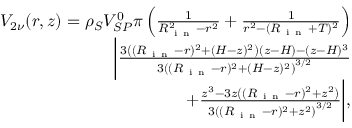
\begin{array} { r } { V _ { 2 \nu } ( r , z ) = \rho _ { S } V _ { S P } ^ { 0 } \pi \left( \frac { 1 } { R _ { \mathrm { ~ i ~ n ~ } } ^ { 2 } - r ^ { 2 } } + \frac { 1 } { r ^ { 2 } - ( R _ { \mathrm { ~ i ~ n ~ } } + T ) ^ { 2 } } \right) } \\ { \bigg \lvert \frac { 3 \left( ( R _ { \mathrm { ~ i ~ n ~ } } - r ) ^ { 2 } + ( H - z ) ^ { 2 } \right) ( z - H ) - ( z - H ) ^ { 3 } } { 3 \left( ( R _ { \mathrm { ~ i ~ n ~ } } - r ) ^ { 2 } + ( H - z ) ^ { 2 } \right) ^ { 3 / 2 } } } \\ { + \frac { z ^ { 3 } - 3 z \left( ( R _ { \mathrm { ~ i ~ n ~ } } - r ) ^ { 2 } + z ^ { 2 } \right) } { 3 \left( ( R _ { \mathrm { ~ i ~ n ~ } } - r ) ^ { 2 } + z ^ { 2 } \right) ^ { 3 / 2 } } \bigg \rvert , } \end{array}